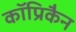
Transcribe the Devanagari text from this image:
कॉप्रिकैन